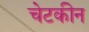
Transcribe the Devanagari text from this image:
चेटकीन